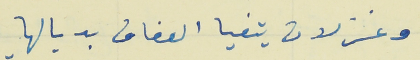
وغزلان يتفيا العفاف بديالها